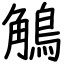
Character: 鵤